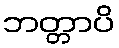
ဘတ္တာပိ